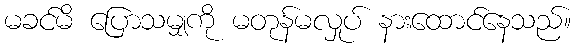
မခင်မိ ပြောသမျှကို မတုန်မလှုပ် နားထောင်နေသည်။